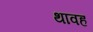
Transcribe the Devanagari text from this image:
थावह